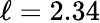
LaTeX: \ell=2.34